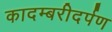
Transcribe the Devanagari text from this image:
कादम्बरीदर्पण